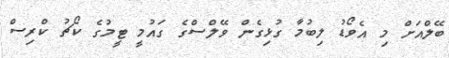
ބޭލްއަށް މި އެވޯޑު ލިބުމާ ގުޅިގެން ވޭލްސްގެ ގައުމީ ޓީމުގެ ކޯޗު ކްރިސް